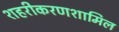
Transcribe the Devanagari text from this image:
शहरीकरणशामिल